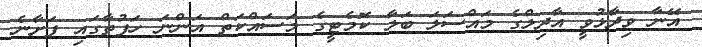
އޭނާ ވިދާޅުވީ އާދިލްގެ މައްސަލަ ބަލާ ކޮމެޓީގެ މަސައްކަތް އަންނަ ހަފުތާގައި ފަށާނެ